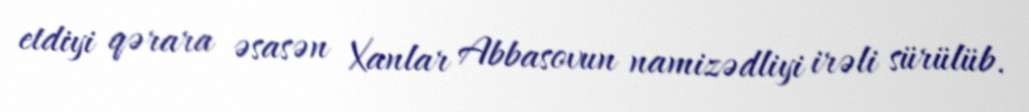
etdiyi qərara əsasən Xanlar Abbasovun namizədliyi irəli sürülüb.